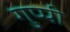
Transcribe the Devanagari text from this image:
गुप्पी